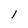
Character: 1